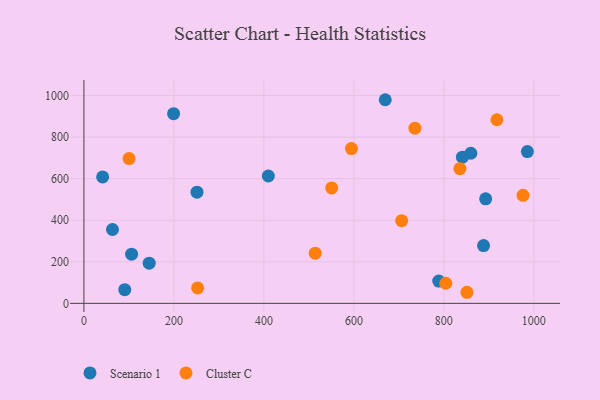
{"axis": {"x": "Price", "y": "Fuel Efficiency"}, "legend": ["Cluster C", "Scenario 1"], "data": [{"x": "63.5", "y": 355.3, "type": "Scenario 1"}, {"x": "860.0", "y": 722.2, "type": "Scenario 1"}, {"x": "90.8", "y": 65.7, "type": "Scenario 1"}, {"x": "669.7", "y": 979.8, "type": "Scenario 1"}, {"x": "41.6", "y": 608.2, "type": "Scenario 1"}, {"x": "985.6", "y": 730.2, "type": "Scenario 1"}, {"x": "841.2", "y": 703.5, "type": "Scenario 1"}, {"x": "892.9", "y": 503.0, "type": "Scenario 1"}, {"x": "409.9", "y": 612.8, "type": "Scenario 1"}, {"x": "888.2", "y": 278.0, "type": "Scenario 1"}, {"x": "788.6", "y": 107.1, "type": "Scenario 1"}, {"x": "145.1", "y": 193.3, "type": "Scenario 1"}, {"x": "106.0", "y": 236.6, "type": "Scenario 1"}, {"x": "251.3", "y": 535.0, "type": "Scenario 1"}, {"x": "199.3", "y": 912.5, "type": "Scenario 1"}, {"x": "851.3", "y": 53.3, "type": "Cluster C"}, {"x": "976.0", "y": 520.0, "type": "Cluster C"}, {"x": "706.2", "y": 397.8, "type": "Cluster C"}, {"x": "550.7", "y": 555.5, "type": "Cluster C"}, {"x": "804.2", "y": 96.7, "type": "Cluster C"}, {"x": "594.6", "y": 744.9, "type": "Cluster C"}, {"x": "514.0", "y": 241.2, "type": "Cluster C"}, {"x": "735.7", "y": 842.7, "type": "Cluster C"}, {"x": "100.4", "y": 696.6, "type": "Cluster C"}, {"x": "835.6", "y": 648.1, "type": "Cluster C"}, {"x": "917.9", "y": 883.4, "type": "Cluster C"}, {"x": "252.7", "y": 74.3, "type": "Cluster C"}]}